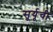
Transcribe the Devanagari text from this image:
सूर्यूची